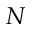
N